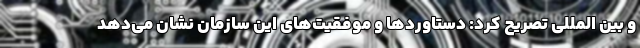
و بین المللی تصریح کرد: دستاوردها و موفقیت‌های این سازمان نشان می‌دهد